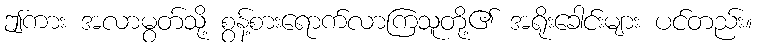
ဤကား အလာမွတ်သို့ စွန့်စားရောက်လာကြသူတို့၏ အရိုးခေါင်းများ ပင်တည်း။